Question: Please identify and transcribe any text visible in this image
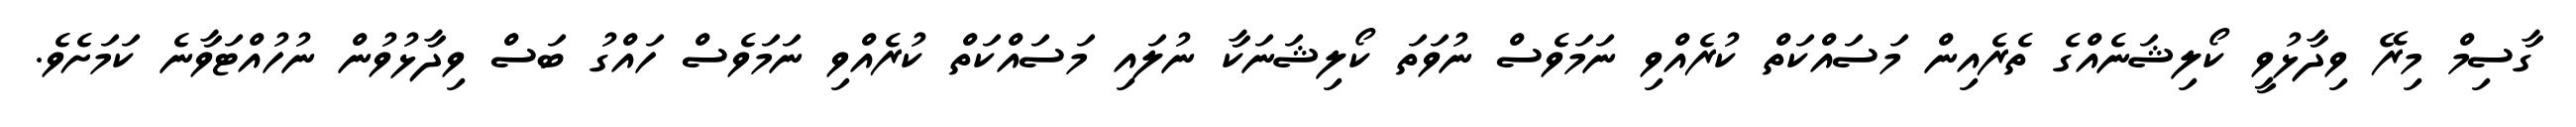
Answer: ގާސިމް މިރޭ ވިދާޅުވީ ކޯލިޝަނެއްގެ ތެރެއިން މަސައްކަތް ކުރެއްވި ނަމަވެސް ނުވަތަ ކޯލިޝަނަކާ ނުލައި މަސައްކަތް ކުރެއްވި ނަމަވެސް ހައްގު ބަސް ވިދާޅުވުން ނުހުއްޓަވާނެ ކަމަށެވެ.